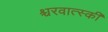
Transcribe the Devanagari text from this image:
श्चरवात्स्की